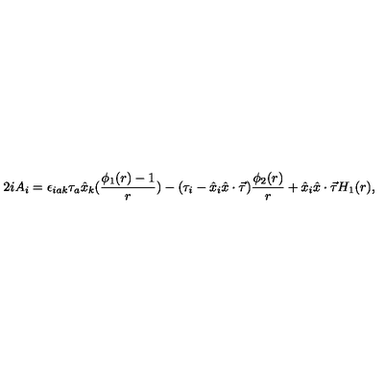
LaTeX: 2 i A _ { i } = \epsilon _ { i a k } \tau _ { a } \hat { x } _ { k } ( \frac { \phi _ { 1 } ( r ) - 1 } { r } ) - ( \tau _ { i } - \hat { x } _ { i } \hat { x } \cdot \vec { \tau } ) \frac { \phi _ { 2 } ( r ) } { r } + \hat { x } _ { i } \hat { x } \cdot \vec { \tau } H _ { 1 } ( r ) ,